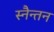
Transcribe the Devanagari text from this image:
स्नैन्तन